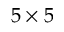
5 \times 5